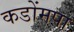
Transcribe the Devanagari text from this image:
कडोंमपा